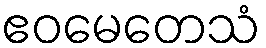
ဧဝမေတေသံ